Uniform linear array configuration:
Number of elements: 8
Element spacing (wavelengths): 1
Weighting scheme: hann
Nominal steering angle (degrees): -45
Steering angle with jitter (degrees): -46.308
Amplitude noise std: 0.05
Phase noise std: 0.05

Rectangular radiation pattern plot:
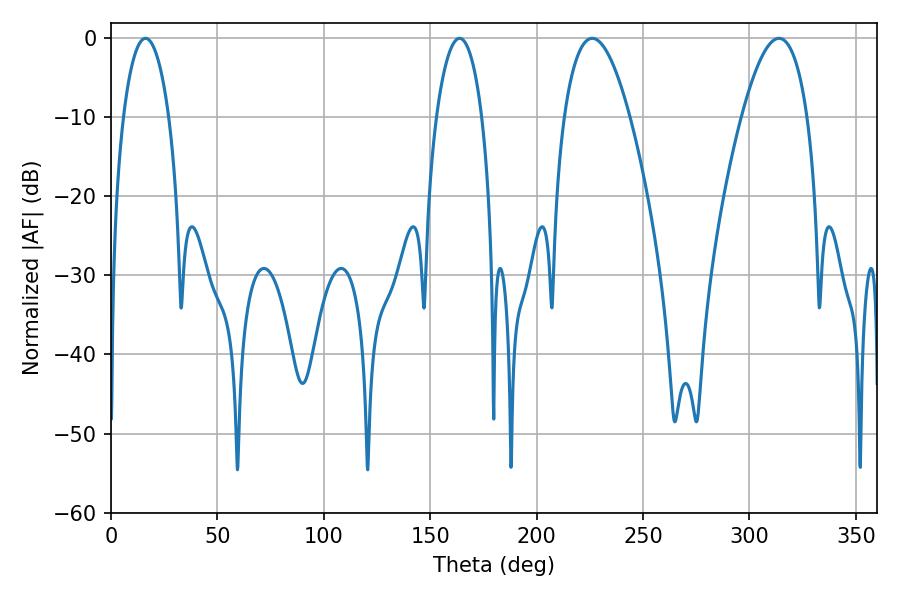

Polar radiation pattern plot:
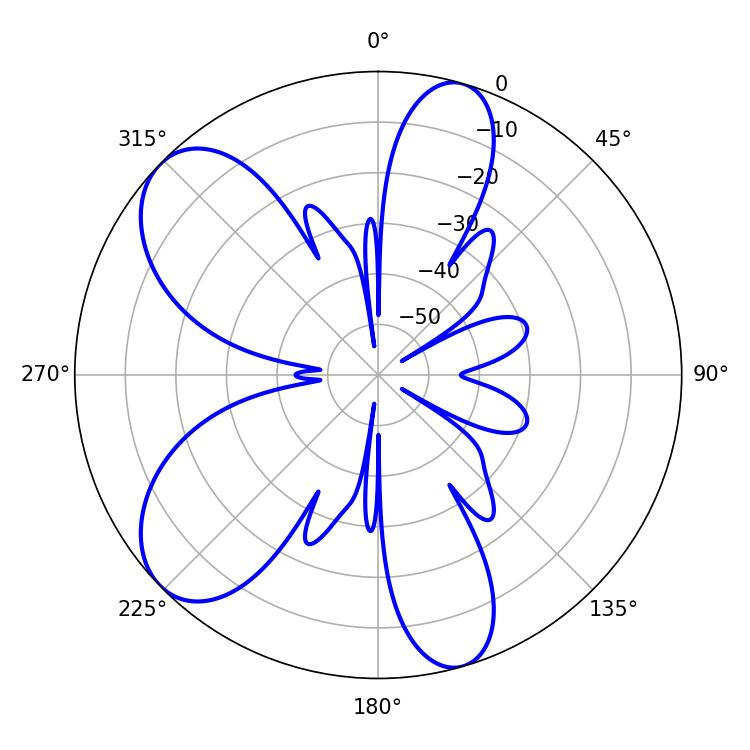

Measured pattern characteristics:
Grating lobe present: TRUE
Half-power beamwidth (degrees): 12.06
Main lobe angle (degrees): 16.2